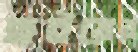
হুইয়ের